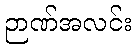
ဉာဏ်အလင်း